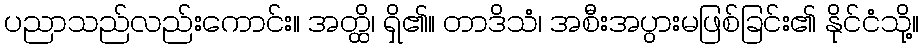
ပညာသည်လည်းကောင်း။ အတ္ထိ၊ ရှိ၏။ တာဒိသံ၊ အစီးအပွားမဖြစ်ခြင်း၏ နိုင်ငံသို့။